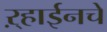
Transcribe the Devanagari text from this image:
ऱ्हाईनचे